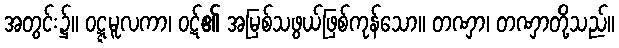
အတွင်း၌။ ဝဋ္ဋမူလကာ၊ ဝဋ်၏ အမြစ်သဖွယ်ဖြစ်ကုန်သော။ တဏှာ၊ တဏှာတို့သည်။